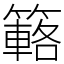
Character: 簵